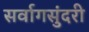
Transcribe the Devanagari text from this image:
सर्वागसुंदरी